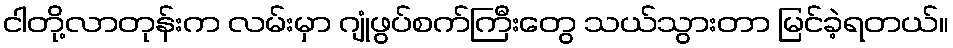
ငါတို့လာတုန်းက လမ်းမှာ ဂျုံဖွပ်စက်ကြီးတွေ သယ်သွားတာ မြင်ခဲ့ရတယ်။